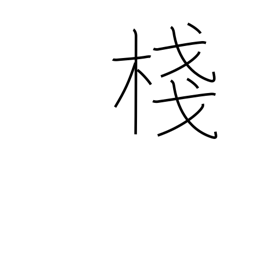
Meaning: crosspiece